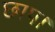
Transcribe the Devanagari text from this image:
छाप।